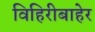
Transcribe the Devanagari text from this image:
विहिरीबाहेर